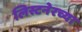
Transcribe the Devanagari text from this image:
लिस्टनेरच्या